Civil Veterinary Department. United Provinces 1923-31 - 1923-1931
Year: 1923
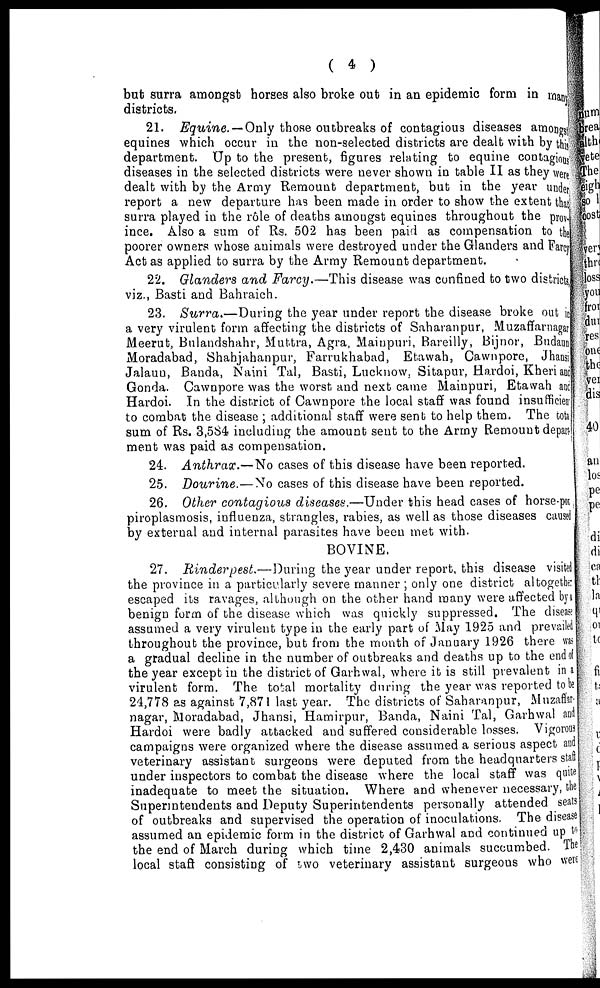
( 4 )
but surra amongst horses also broke out in an epidemic form in many
districts.
21. Equine. — Only those outbreaks of contagious diseases amongst
equines which occur in the non-selected districts are dealt with by this
department. Up to the present, figures relating to equine contagion
diseases in the selected districts were never shown in table II as they were
dealt with by the Army Remount department, but in the year under
report a new departure has been made in order to show the extent that
surra played in the role of deaths amongst equines throughout the prov-
ince. Also a sum of Rs. 502 has been paid as compensation to the
poorer owners whose animals were destroyed under the Glanders and Farcy
Act as applied to surra by the Array Remount department.
22. Glanders and Farcy.—This disease was confined bo two districts,
viz., Basti and Bahraich.
23. Surra.—During the year under report the disease broke out i n
a very virulent form affecting the districts of Saharanpur, Muzaffarnagar
Meerut, Bulandshahr, Muttra, Agra, Mainpuri, Bareilly, Bijnor, Budaun
Moradabad, Shahjahanpur, Farrukhabad, Etawah, Cawnpore, Jhansi
Jalaun, Banda, Naini Tal, Basti, Lucknow, Sitapur, Hardoi, Kheri and
Gonda. Cawnpore was the worst and next came Mainpuri, Etawah and
Hardoi. In the district of Cawnpore the local staff was found insufficient
to combat the disease ; additional staff were sent to help them. The total
sum of Rs. 3,584 including the amount sent to the Army Remount depart-
ment was paid as compensation.
24. Anthrax.—No cases of this disease have been reported.
25. Dourine.—No cases of this disease have been reported.
26. Other contagious diseases.—Under this head cases of horse-pox
piroplasmosis, influenza, strangles, rabies, as well as those diseases caused
by external and internal parasites have been met with.
BOVINE.
27. Rinderpest.—During
the year under report, this disease visited
the province in a particularly severe manner ; only one district altogether
escaped its ravages, although on the other hand many were affected by a
benign form of the disease which was quickly suppressed. The disease
assumed a very virulent type in the early part of May 1925 and prevailed
throughout the province, but from the month of January 1926 there was
a gradual decline in the number of outbreaks and deaths up to the end of
the year except in the district of Garhwal, where it is still prevalent in a
virulent form. The total mortality during the year was reported to be
24,778 as against 7,871 last year. The districts of Saharanpur, Muzaffar-
nagar, Moradabad, Jhansi, Hamirpur, Banda, Naini Tal, Garhwal and
Hardoi were badly attacked and suffered considerable losses. Vigorous
campaigns were organized where the disease assumed a serious aspect and
veterinary assistant surgeons were deputed from the headquarters staff
under inspectors to combat the disease where the local staff was quite
inadequate to meet the situation. Where and whenever necessary, the
Superintendents and Deputy Superintendents personally attended seats
of outbreaks and supervised the operation of inoculations. The disease
assumed an epidemic form in the district of Garhwal and continued up to
the end of March during which time 2,430 animals succumbed. The
local staff consisting of two veterinary assistant surgeons who were